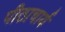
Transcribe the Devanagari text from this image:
पीठाचार्य